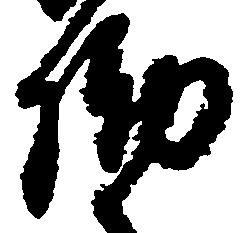
働